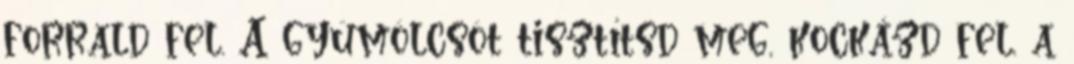
forrald fel. A gyümölcsöt tisztítsd meg, kockázd fel, a